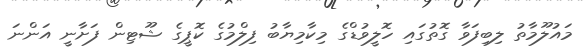
މައުލޫމާތު ލިބިފަވާ ގޮތުގައި ހޮލީވުޑްގެ މިކާމިޔާބު ފިލްމުގެ ކޮޕީގެ ޝޫޓިން ފަށާނީ އަންނަ